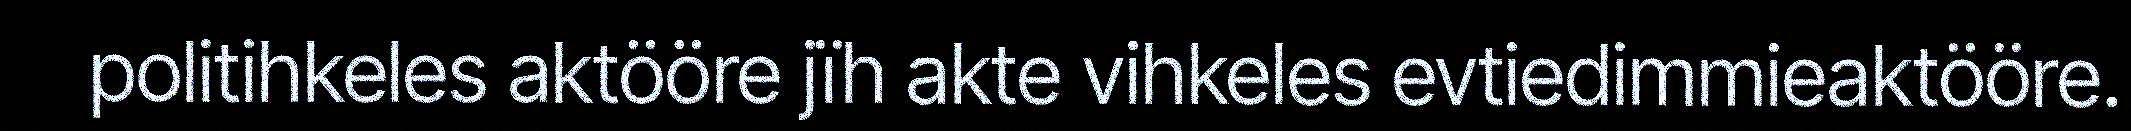
politihkeles aktööre jïh akte vihkeles evtiedimmieaktööre.